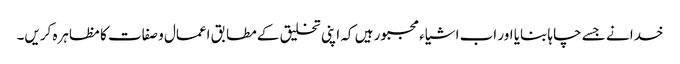
خدا نے جسے چاہا بنایا اور اب اشیاء مجبور ہیں کہ اپنی تخلیق کے مطابق اعمال و صفات کا مظاہرہ کریں۔